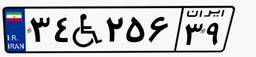
۱۲W۷۳۱۲۰